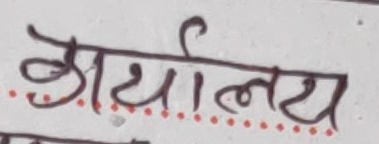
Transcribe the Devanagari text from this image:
कार्यालय